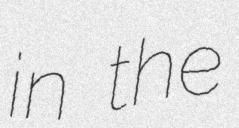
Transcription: in the